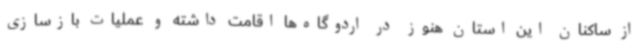
از ساکنان این استان هنوز در اردوگاه‌ها اقامت داشته و عملیات بازسازی